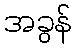
အခွန်